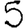
Digit: 5